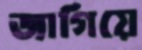
জাগিয়ে